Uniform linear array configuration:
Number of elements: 32
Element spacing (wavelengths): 0.25
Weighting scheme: uniform
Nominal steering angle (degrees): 30
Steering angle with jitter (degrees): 31.323
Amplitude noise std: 0.05
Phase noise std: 0.05

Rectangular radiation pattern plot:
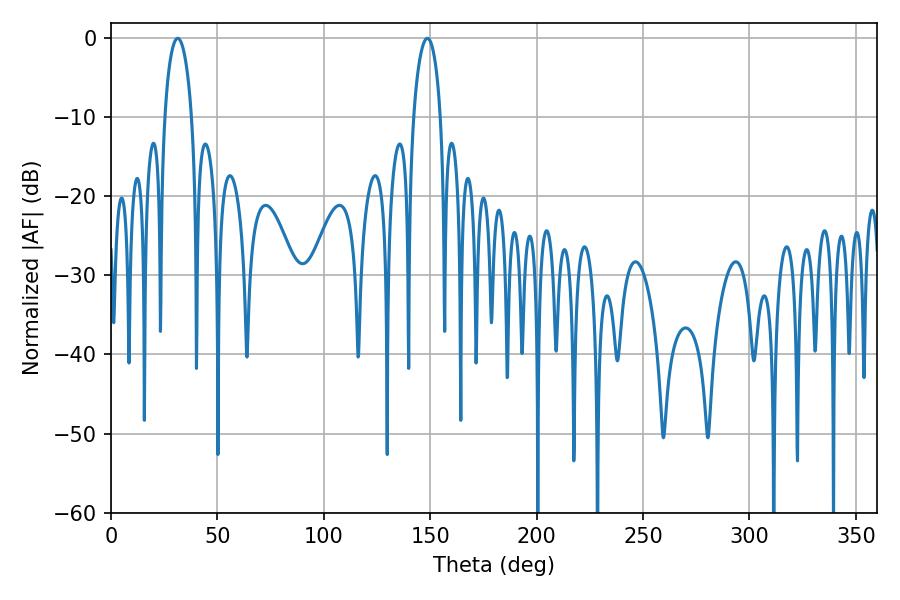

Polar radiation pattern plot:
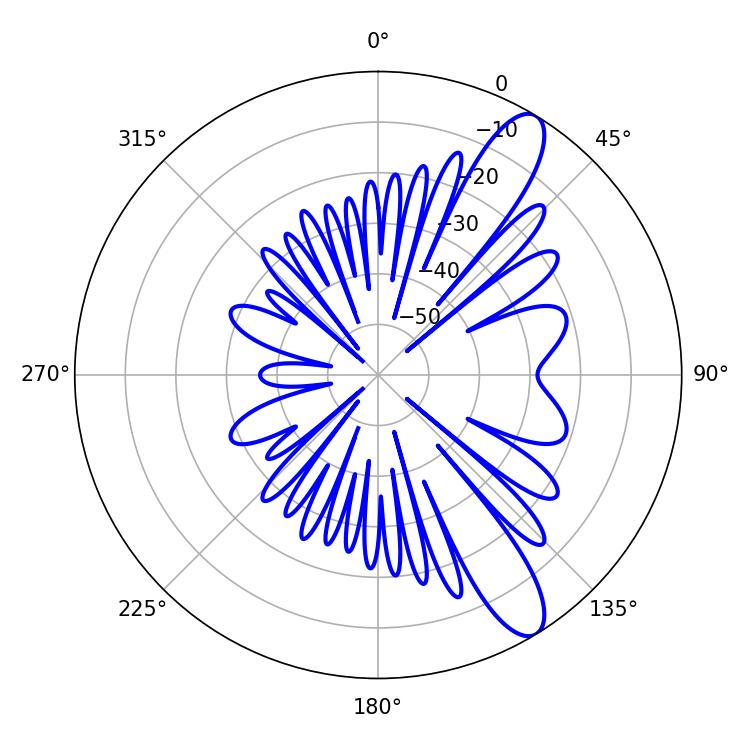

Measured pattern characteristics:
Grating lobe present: FALSE
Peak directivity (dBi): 11.188
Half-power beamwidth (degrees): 7.38
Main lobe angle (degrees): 31.32